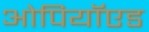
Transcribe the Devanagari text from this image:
ओपियॉएड